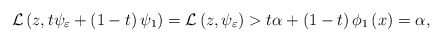
\begin{align*}\mathcal{L}\left(z,t\psi_\varepsilon+\left(1-t\right)\psi_{1}\right)=\mathcal{L}\left(z,\psi_\varepsilon\right)>t\alpha+\left(1-t\right)\phi_{1}\left(x\right)=\alpha,\end{align*}